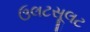
ઉલટસૂલટ